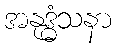
အနုဒ္ဓံသနာ